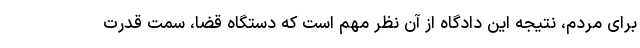
برای مردم، نتیجه این دادگاه از آن نظر مهم است که دستگاه قضا، سمت قدرت